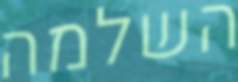
השלמה